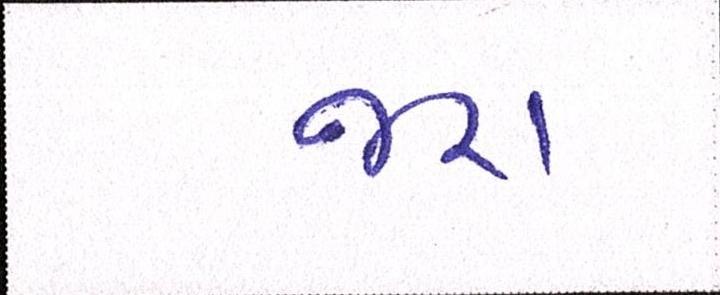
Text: જરા